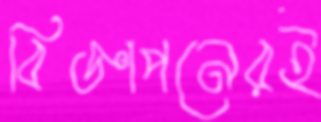
বিজ্ঞাপনেরই